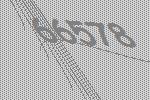
66578